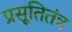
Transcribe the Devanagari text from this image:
प्रसूतितंत्र